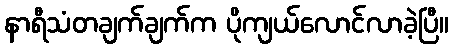
နာရီသံတချက်ချက်က ပိုကျယ်လောင်လာခဲ့ပြီ။